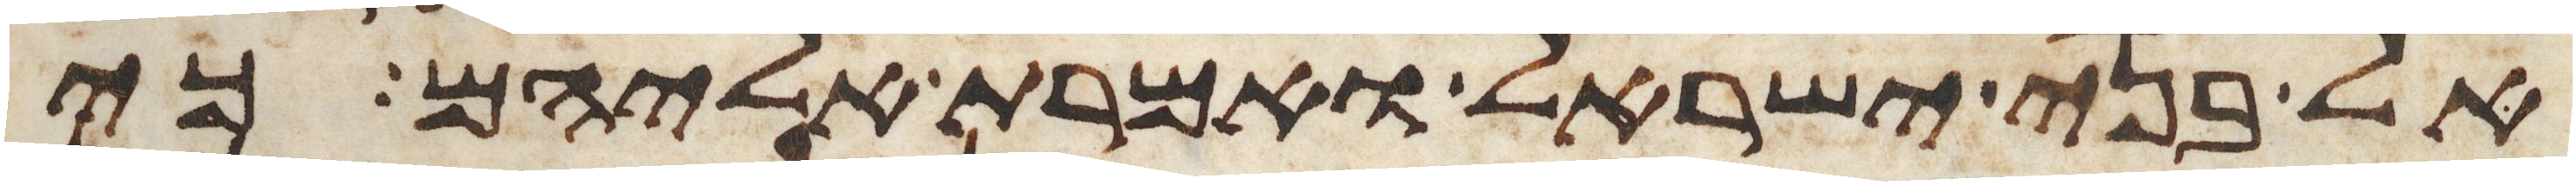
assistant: אל בני ישראל ואמרת אליהם כי